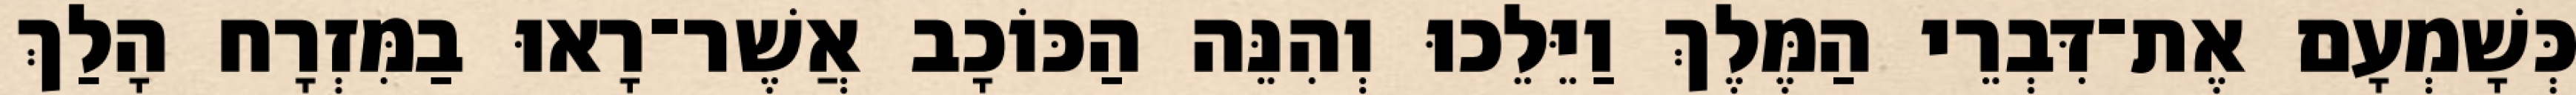
כְּשָׁמְעָם אֶת־דִּבְרֵי הַמֶּלֶךְ וַיֵּלֵכוּ וְהִנֵּה הַכּוֹכָב אֲשֶׁר־רָאוּ בַמִּזְרָח הָלַךְ